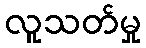
လူသတ်မှု